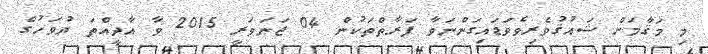
މި މަޤާމަށް ޝައުޤުވެރިވެވަޑައިގަންނަވާ ފަރާތްތަކުން 04 ޖަނަވަރީ 2015 ވާ އާދީއްތަ ދުވަހުގެ